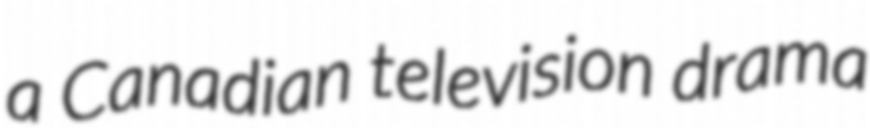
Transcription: a Canadian television drama